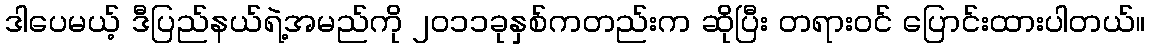
ဒါပေမယ့် ဒီပြည်နယ်ရဲ့အမည်ကို ၂၀၁၁ခုနှစ်ကတည်းက ဆိုပြီး တရားဝင် ပြောင်းထားပါတယ်။